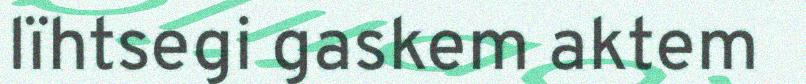
lïhtsegi gaskem aktem